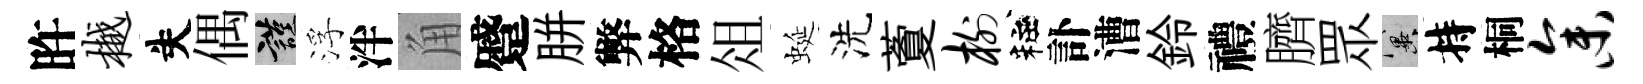
旿樾失偶謹浮泮角蹙胼弊格俎蜒洗藑榭粧訃漕鈴禮臍眾冀持桐参